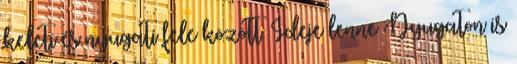
keleti és nyugati fele között. Ideje lenne Nyugaton is